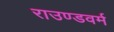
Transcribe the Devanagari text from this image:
राउण्डवर्म